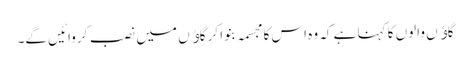
گاﺅں والوں کا کہنا ہے کہ وہ اس کا مجسمہ بنوا کر گاﺅں میں نصب کروائیں گے۔